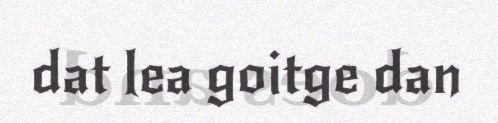
dat lea goitge dan